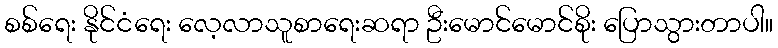
စစ်ရေး နိုင်ငံရေး လေ့လာသူစာရေးဆရာ ဦးမောင်မောင်စိုး ပြောသွားတာပါ။